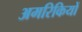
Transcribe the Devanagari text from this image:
अमरिकियों